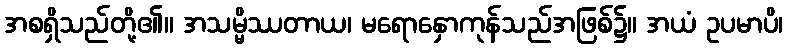
အစရှိသည်တို့၏။ အသမ္မိဿတာယ၊ မရောနှောကုန်သည်အဖြစ်၌။ အယံ ဥပမာပိ၊